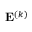
{ \bf E } ^ { ( k ) }